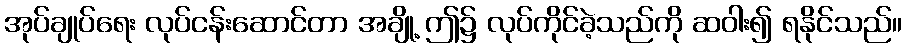
အုပ်ချုပ်ရေး လုပ်ငန်းဆောင်တာ အချို့ ဤ၌ လုပ်ကိုင်ခဲ့သည်ကို ဆဝါး၍ ရနိုင်သည်။